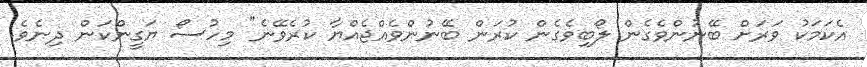
އެކަމަކު ވަރަށް ބޭނުންވެގެން ލޯބިވެގެން ކުރަން ބޭނުންވެއްޖެއްޔާ ކުރެވޭނެ" މިހުސޯ ޔަގީންކަން ދިނެވެ.